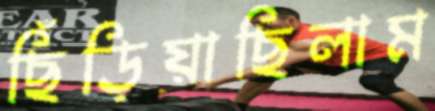
ছিঁড়িয়াছিলাম